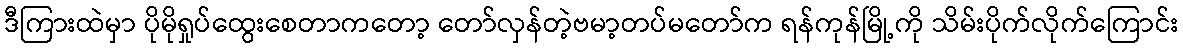
ဒီကြားထဲမှာ ပိုမိုရှုပ်ထွေးစေတာကတော့ တော်လှန်တဲ့ဗမာ့တပ်မတော်က ရန်ကုန်မြို့ကို သိမ်းပိုက်လိုက်ကြောင်း